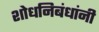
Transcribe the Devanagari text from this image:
शोधनिबंधांनी